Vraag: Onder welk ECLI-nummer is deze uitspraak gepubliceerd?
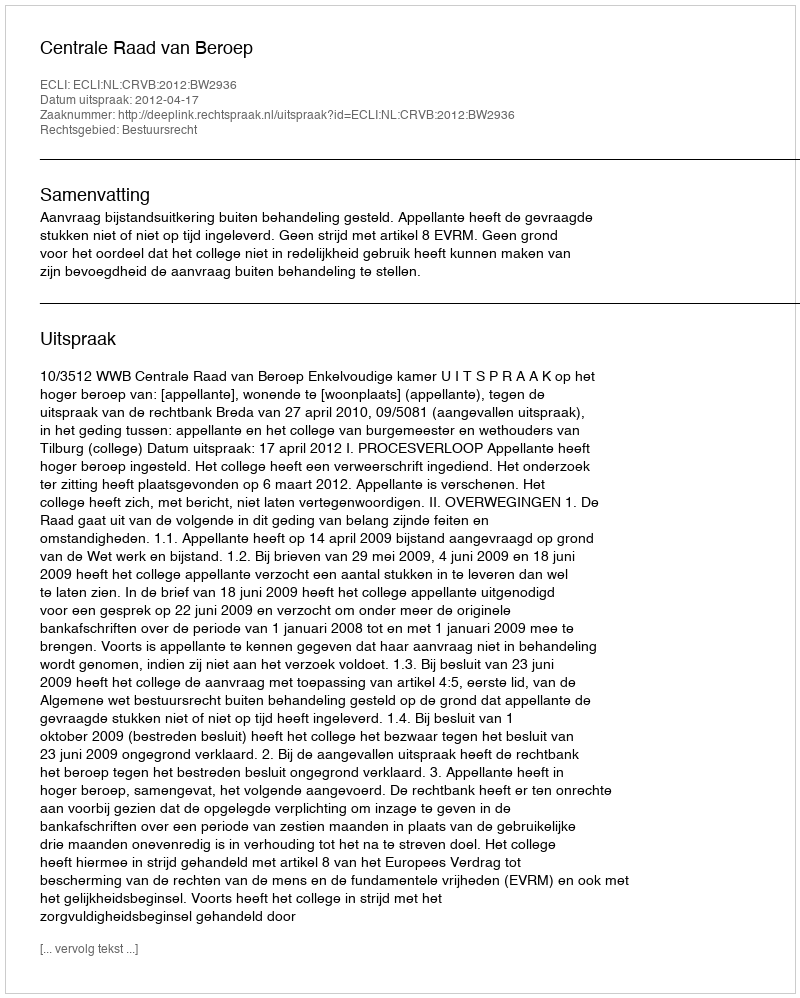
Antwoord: ECLI:NL:CRVB:2012:BW2936